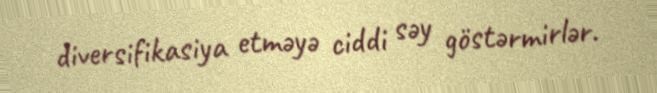
diversifikasiya etməyə ciddi səy göstərmirlər.